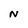
Character: N